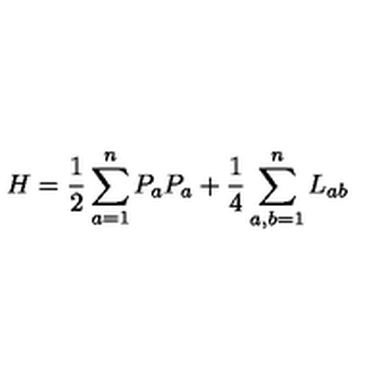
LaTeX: H = \frac { 1 } { 2 } \sum _ { a = 1 } ^ { n } P _ { a } P _ { a } + \frac { 1 } { 4 } \sum _ { a , b = 1 } ^ { n } L _ { a b }